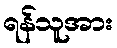
ရန်သူအား